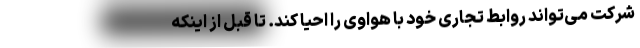
شرکت می‌تواند روابط تجاری خود با هواوی را احیا کند. تا قبل از اینکه